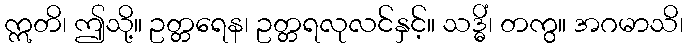
ဣတိ၊ ဤသို့။ ဥတ္တရေန၊ ဥတ္တရလုလင်နှင့်။ သဒ္ဓိံ၊ တကွ။ အဂမာသိ၊